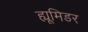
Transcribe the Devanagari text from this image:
ह्यूमिडर